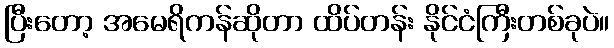
ပြီးတော့ အမေရိကန်ဆိုတာ ထိပ်တန်း နိုင်ငံကြီးတစ်ခုပဲ။